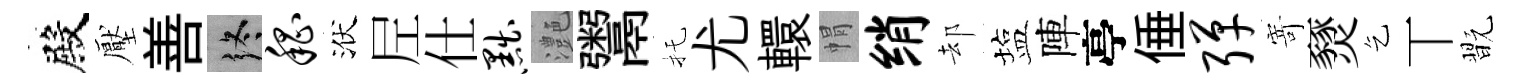
殿壓善终嵇洑𡰱仕黜灔鬻托尤轘㡌绡却塩陣亭倕弹𭔃燹乞丅翫